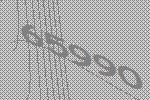
65990